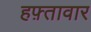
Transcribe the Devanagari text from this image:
हफ़्तावार